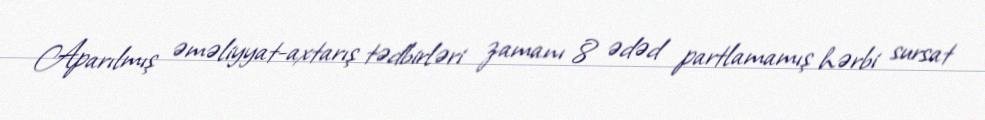
Aparılmış əməliyyat-axtarış tədbirləri zamanı 8 ədəd partlamamış hərbi sursat